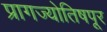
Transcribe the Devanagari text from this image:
प्रागज्योतिषपूर